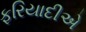
ફરિયાદીએ